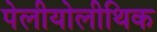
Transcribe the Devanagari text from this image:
पेलीयोलीथिक